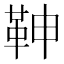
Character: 𩉼